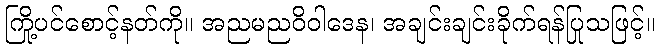
ကြို့ပင်စောင့်နတ်ကို။ အညမညဝိဝါဒေန၊ အချင်းချင်းခိုက်ရန်ပြုသဖြင့်။